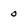
Character: 0